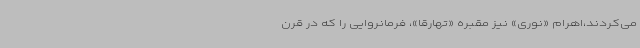
می‌کردند،اهرام «نوری» نیز مقبره «تهارقا»، فرمانروایی را که در قرن